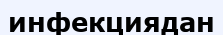
инфекциядан